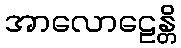
အာလောဠေန္တိ